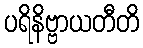
ပရိနိဗ္ဗာယတီတိ